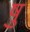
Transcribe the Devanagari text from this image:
षु